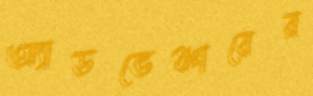
অ্যাডভেঞ্চারের